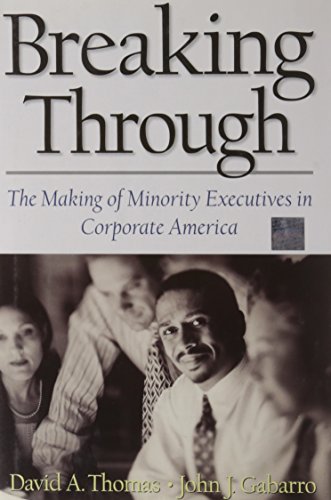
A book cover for Breaking Through: The Making of Minority Executives in Corporate America; David A. Thomas; Law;